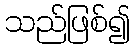
သည်ဖြစ်၍